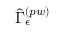
\hat { \Gamma } _ { \epsilon } ^ { \left( p w \right) }